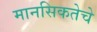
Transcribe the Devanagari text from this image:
मानसिकतेचे